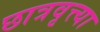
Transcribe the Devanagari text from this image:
छात्रवृत्त्या